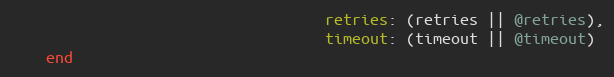
Language: Ruby
                                   retries: (retries || @retries),
                                   timeout: (timeout || @timeout)
    end